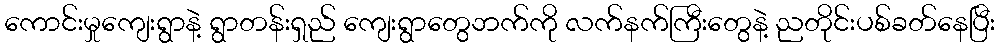
ကောင်းမှုကျေးရွာနဲ့ ရွာတန်းရှည် ကျေးရွာတွေဘက်ကို လက်နက်ကြီးတွေနဲ့ ညတိုင်းပစ်ခတ်နေပြီး